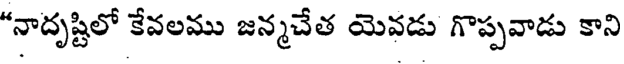
"నాదృష్టిలో కేవలము జన్మచేత యెవడు గొప్పవాడు కాని